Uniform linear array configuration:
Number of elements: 48
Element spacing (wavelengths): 1
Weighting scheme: binomial
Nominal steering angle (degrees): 15
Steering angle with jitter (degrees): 13.116
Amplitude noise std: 0.05
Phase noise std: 0.05

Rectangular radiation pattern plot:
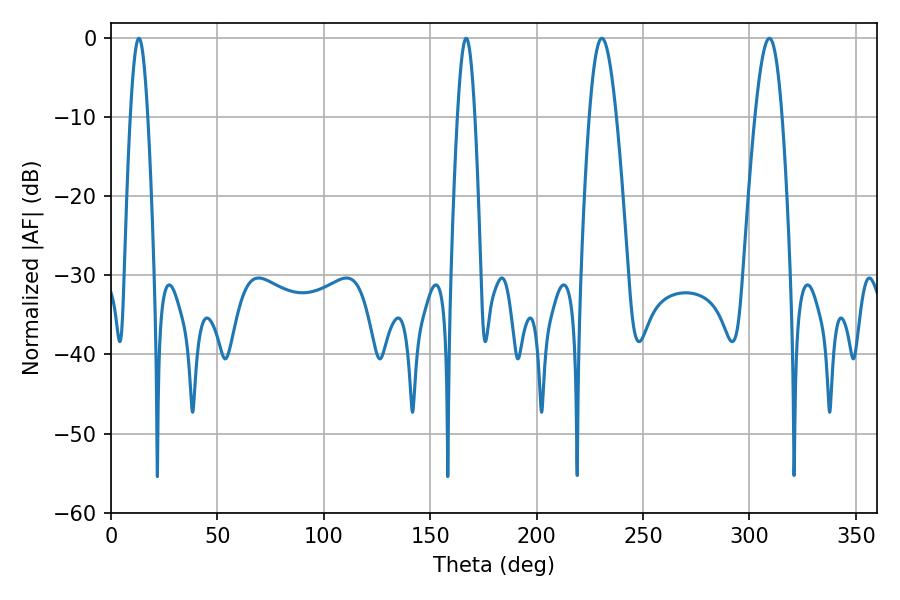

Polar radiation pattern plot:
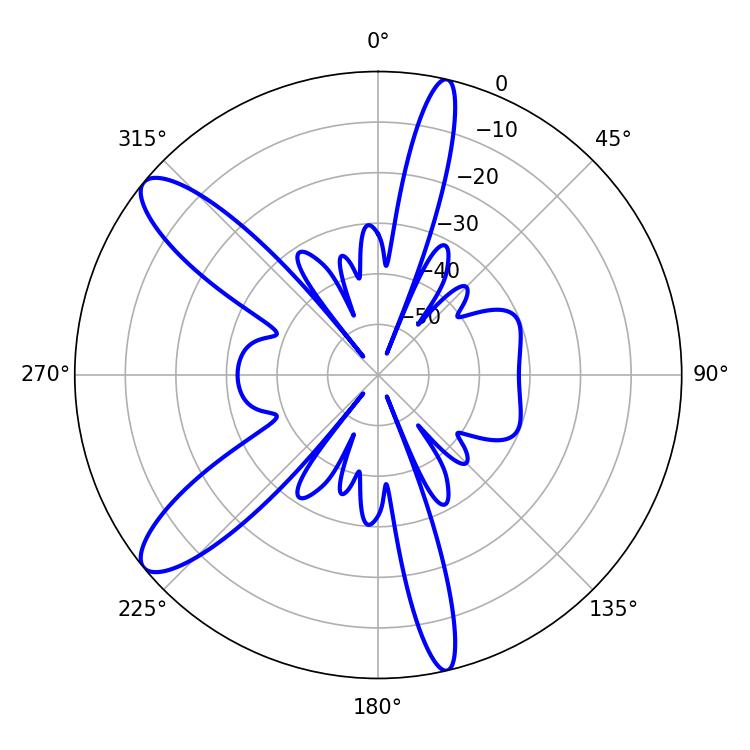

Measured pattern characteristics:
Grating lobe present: TRUE
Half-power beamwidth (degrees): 4.32
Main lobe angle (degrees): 13.14